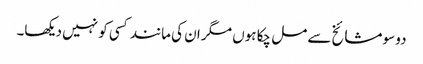
دو سو مشائخ سے مل چکا ہوں مگر ان کی مانند کسی کو نہیں دیکھا۔